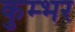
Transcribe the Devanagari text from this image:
कुम्भर